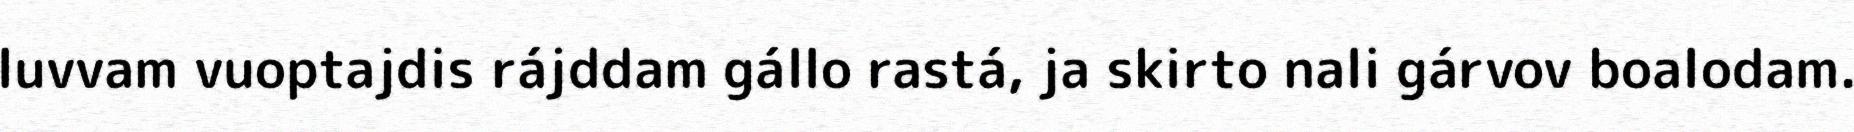
luvvam vuoptajdis rájddam gállo rastá, ja skirto nali gárvov boalodam.